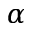
\alpha